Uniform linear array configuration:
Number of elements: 64
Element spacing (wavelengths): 0.75
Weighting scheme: binomial
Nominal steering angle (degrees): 30
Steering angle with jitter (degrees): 28.169
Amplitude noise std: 0.05
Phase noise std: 0.05

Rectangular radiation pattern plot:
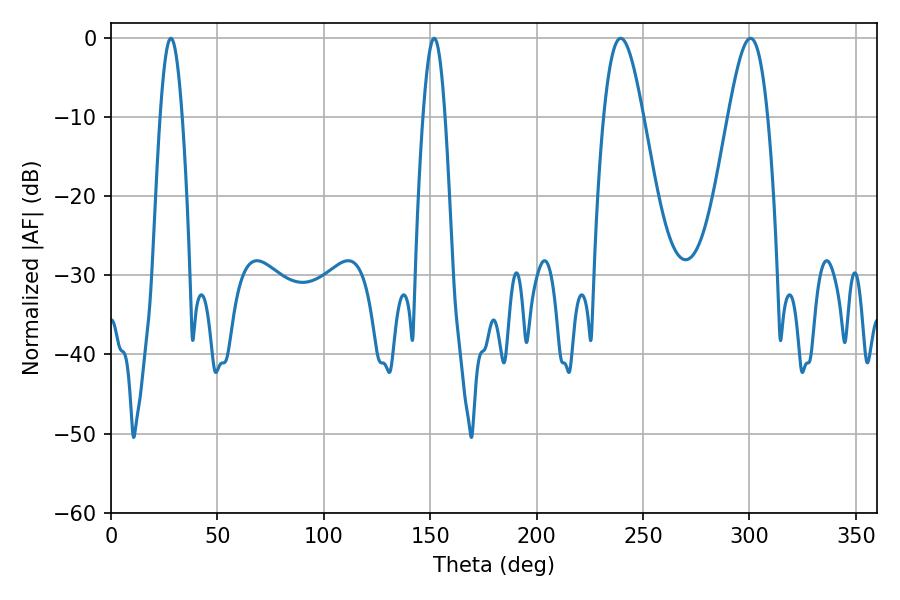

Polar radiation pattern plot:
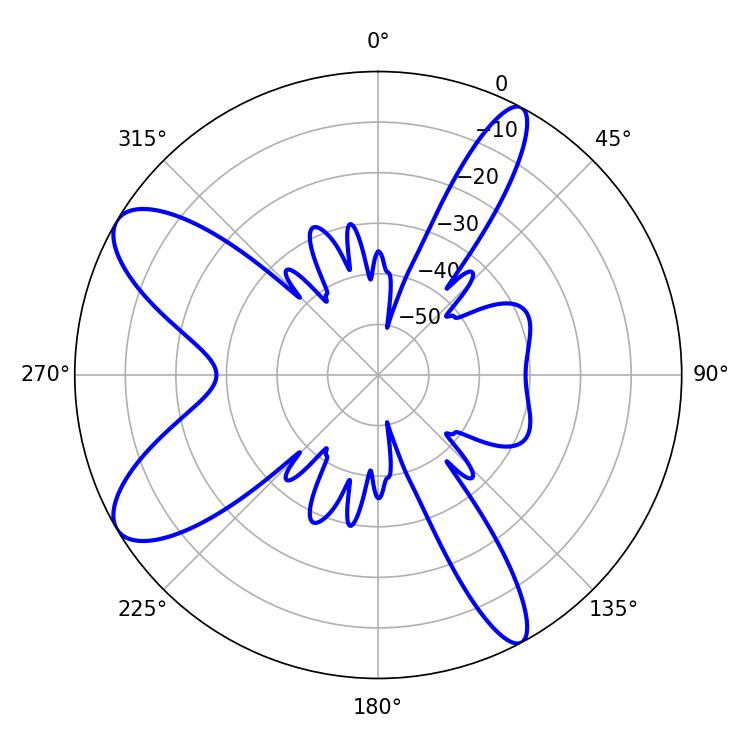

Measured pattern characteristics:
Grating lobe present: TRUE
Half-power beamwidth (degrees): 9.9
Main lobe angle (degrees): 239.58